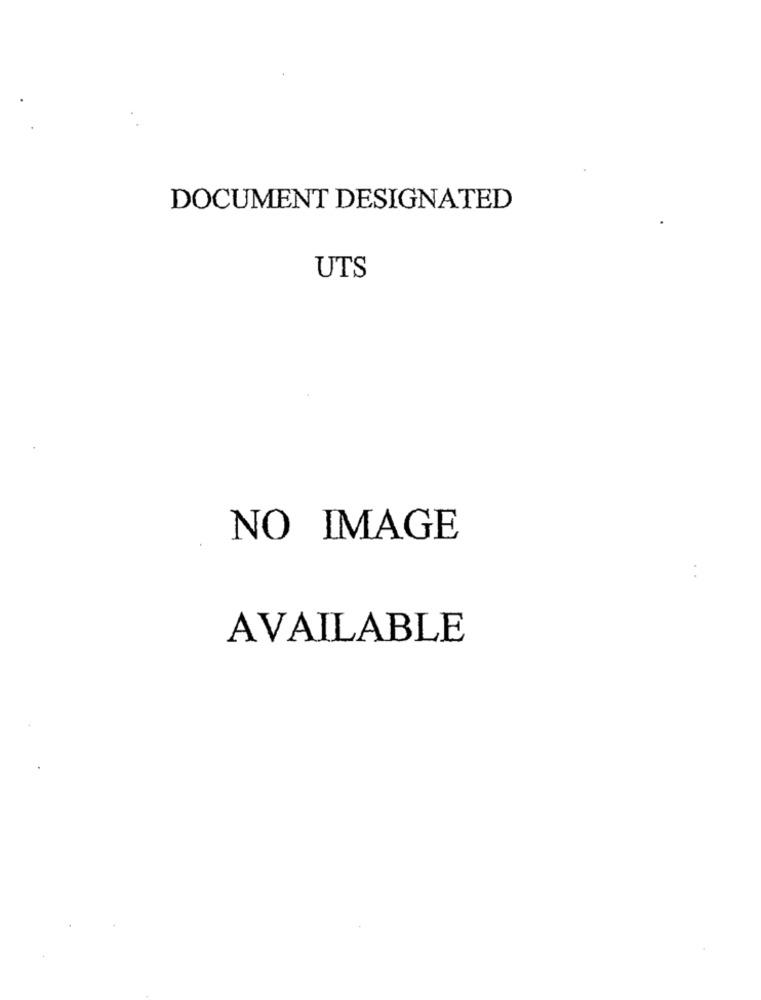
DOCUMENT DESIGNATED
UTS
NO IMAGE
AVAILABLE